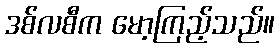
ဒစ်လစီက မော့ကြည့်သည်။